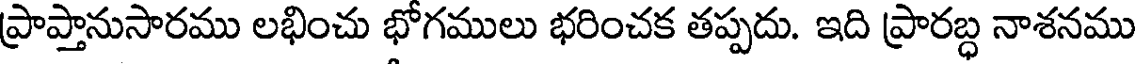
ప్రాప్తానుసారము లభించు భోగములు భరించక తప్పదు. ఇది ప్రారబ్ధ నాశనము